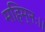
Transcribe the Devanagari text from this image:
महिम्नः।।